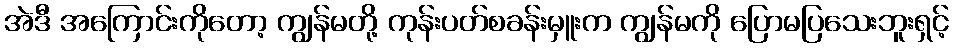
အဲဒီ အကြောင်းကိုတော့ ကျွန်မတို့ ကုန်းပတ်စခန်းမှူးက ကျွန်မကို ပြောမပြသေးဘူးရှင့်